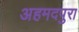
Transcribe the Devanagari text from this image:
अहमदपुरा